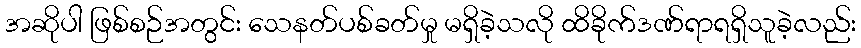
အဆိုပါ ဖြစ်စဉ်အတွင်း သေနတ်ပစ်ခတ်မှု မရှိခဲ့သလို ထိခိုက်ဒဏ်ရာရရှိသူခဲ့လည်း